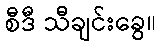
စီဒီ သီချင်းခွေ။